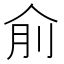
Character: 𠈛